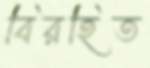
বিরহিত